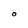
Character: O